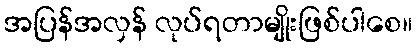
အပြန်အလှန် လုပ်ရတာမျိုးဖြစ်ပါစေ။